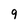
Character: 9